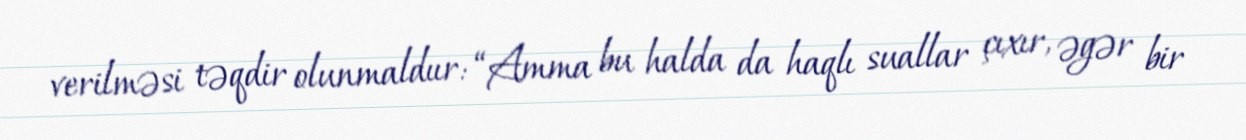
verilməsi təqdir olunmaldıır: “Amma bu halda da haqlı suallar çıxır, əgər bir